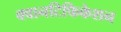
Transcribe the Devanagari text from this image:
क्वानटिफिकेशन